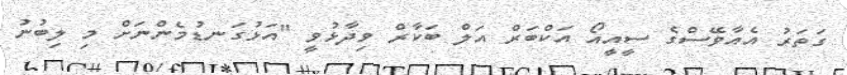
ގަތަރު އެއާވޭސްގެ ސީއީއޯ އަކްބަރް އަލް ބަކާރް ވިދާޅުވީ "އަޅުގަނޑުމެންނަށް މި ލިބުނު